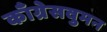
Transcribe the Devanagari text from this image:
काँग्रेसवुमन